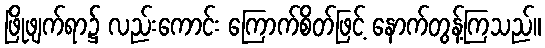
ဖြိုဖျက်ရာ၌ လည်းကောင်း ကြောက်စိတ်ဖြင့် နောက်တွန့်ကြသည်။